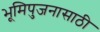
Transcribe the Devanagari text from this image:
भूमिपुजनासाठी